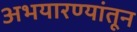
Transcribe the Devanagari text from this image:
अभयारण्यांतून